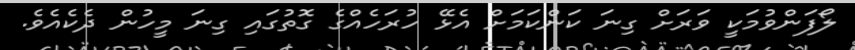
ލޯފަންވުމަކީ ވަރަށް ގިނަ ކަންކަމަށް އެޅޭ ހުރަހެއްގެ ގޮތުގައި ގިނަ މީހުން ދެކެއެވެ.